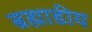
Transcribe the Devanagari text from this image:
ब्रह्माडीय